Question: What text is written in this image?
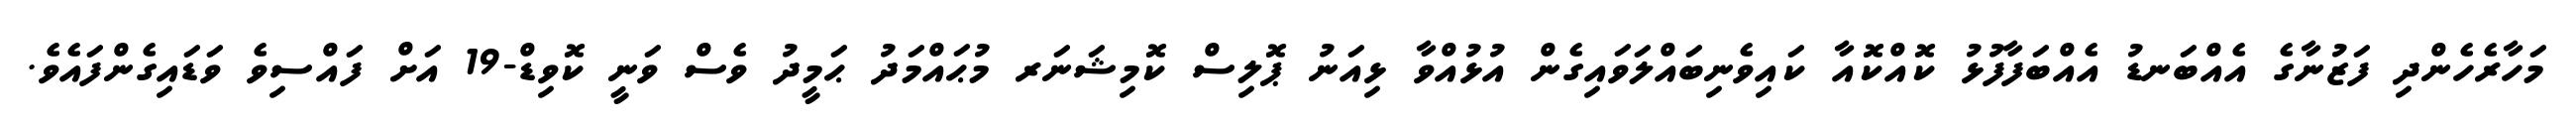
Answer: މަހާރެހެންދި ފަޒުނާގެ އެއްބަނޑު އެއްބަފާފުޅު ކޮއްކޮއާ ކައިވެނިބައްލަވައިގެން އުޅުއްވާ ޅިއަނު ޕޮލިސް ކޮމިޝަނަރ މުޙައްމަދު ޙަމީދު ވެސް ވަނީ ކޮވިޑް-19 އަށް ފައްސިވެ ވަޑައިގެންފައެވެ.